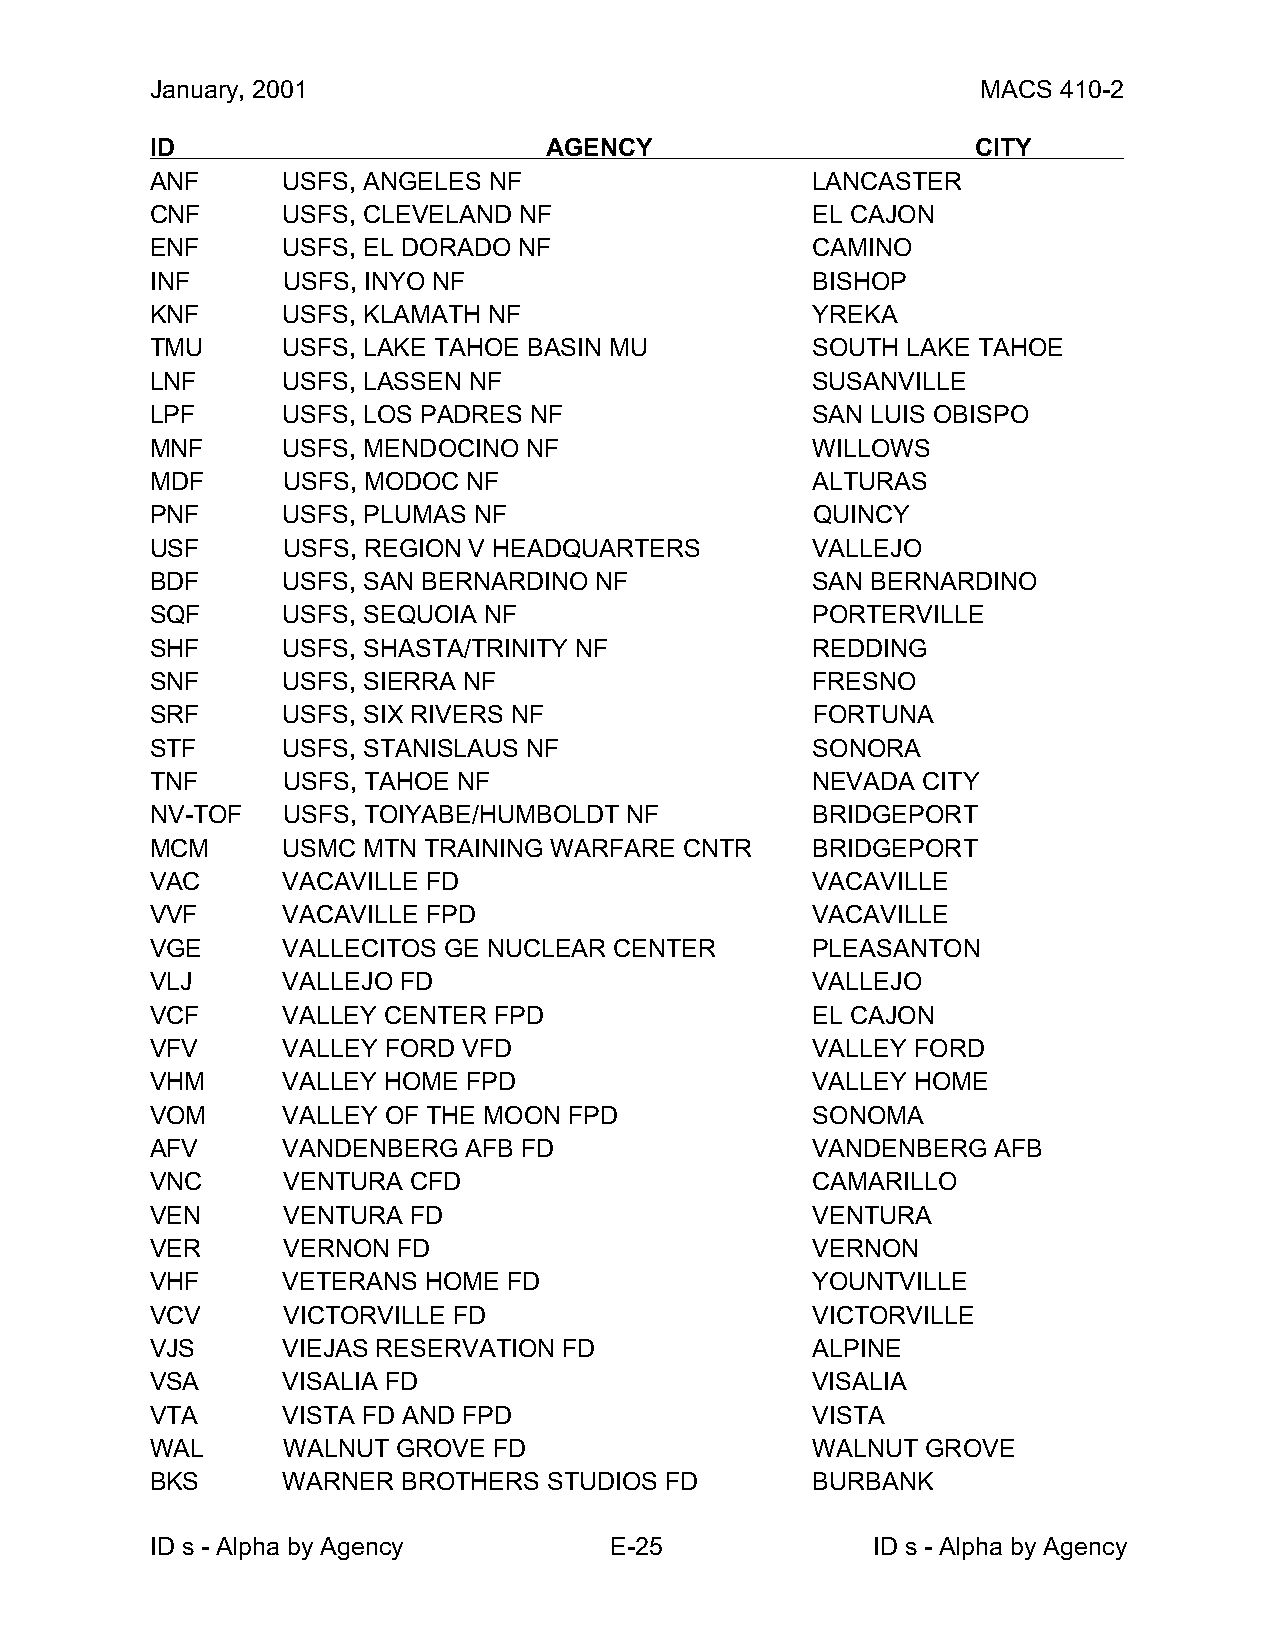
January, 2001                                          MACS 410-2
 ID                        AGENCY                       CITY
 ANF      USFS, ANGELES NF                   LANCASTER
 CNF      USFS, CLEVELAND NF                 EL CAJON
 ENF      USFS, EL DORADO NF                 CAMINO
 INF      USFS, INYO NF                      BISHOP
 KNF      USFS, KLAMATH NF                   YREKA
 TMU      USFS, LAKE TAHOE BASIN MU          SOUTH LAKE TAHOE
 LNF      USFS, LASSEN NF                    SUSANVILLE
 LPF      USFS, LOS PADRES NF                SAN LUIS OBISPO
 MNF      USFS, MENDOCINO NF                 WILLOWS
 MDF      USFS, MODOC NF                     ALTURAS
 PNF      USFS, PLUMAS NF                    QUINCY
 USF      USFS, REGION V HEADQUARTERS        VALLEJO
 BDF      USFS, SAN BERNARDINO NF            SAN BERNARDINO
 SQF      USFS, SEQUOIA NF                   PORTERVILLE
 SHF      USFS, SHASTA/TRINITY NF            REDDING
 SNF      USFS, SIERRA NF                    FRESNO
 SRF      USFS, SIX RIVERS NF                FORTUNA
 STF      USFS, STANISLAUS NF                SONORA
 TNF      USFS, TAHOE NF                     NEVADA CITY
 NV-TOF   USFS, TOIYABE/HUMBOLDT NF          BRIDGEPORT
 MCM      USMC MTN TRAINING WARFARE CNTR     BRIDGEPORT
 VAC      VACAVILLE FD                       VACAVILLE
 VVF      VACAVILLE FPD                      VACAVILLE
 VGE      VALLECITOS GE NUCLEAR CENTER       PLEASANTON
 VLJ      VALLEJO FD                         VALLEJO
 VCF      VALLEY CENTER FPD                  EL CAJON
 VFV      VALLEY FORD VFD                    VALLEY FORD
 VHM      VALLEY HOME FPD                    VALLEY HOME
 VOM      VALLEY OF THE MOON FPD             SONOMA
 AFV      VANDENBERG  AFB FD                 VANDENBERG  AFB
 VNC      VENTURA CFD                        CAMARILLO
 VEN      VENTURA FD                         VENTURA
 VER      VERNON FD                          VERNON
 VHF      VETERANS HOME  FD                  YOUNTVILLE
 VCV      VICTORVILLE FD                     VICTORVILLE
 VJS      VIEJAS RESERVATION FD              ALPINE
 VSA      VISALIA FD                         VISALIA
 VTA      VISTA FD AND FPD                   VISTA
 WAL      WALNUT GROVE  FD                   WALNUT GROVE
 BKS      WARNER  BROTHERS STUDIOS FD        BURBANK
 ID s - Alpha by Agency        E-25              ID s - Alpha by Agency